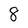
Character: 8